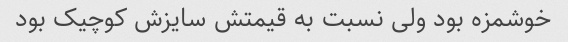
خوشمزه بود ولی نسبت به قیمتش سایزش کوچیک بود